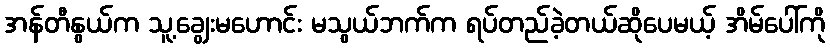
အန်တီနွယ်က သူ့ချွေးမဟောင်း မသွယ်ဘက်က ရပ်တည်ခဲ့တယ်ဆိုပေမယ့် အိမ်ပေါ်ကို